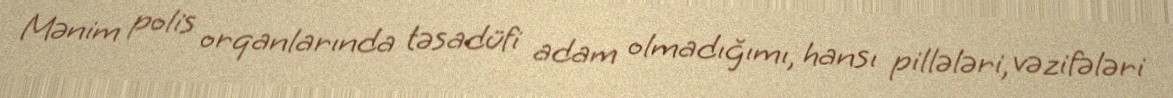
Mənim polis orqanlarında təsadüfi adam olmadığımı, hansı pillələri, vəzifələri